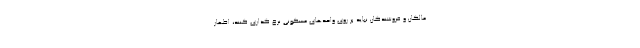
مالکان و فروشندگان نباید بر روی واحدهای مسکونی نرخ گذاری کنند، اظهار